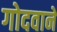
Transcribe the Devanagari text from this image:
गोदवाने